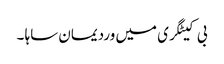
بی کیٹگری میں وردیمان ساہا ۔